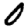
Digit: 0